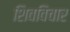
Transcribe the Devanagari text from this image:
शिवविचार